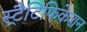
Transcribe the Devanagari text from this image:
स्ट्रैटिफिकेशन